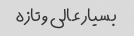
بسیار عالی و تازه